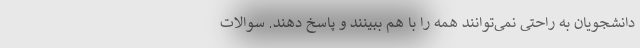
دانشجویان به راحتی نمی‌توانند همه را با هم ببینند و پاسخ دهند. سوالات